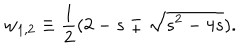
w _ { 1 , 2 } \equiv { \frac { 1 } { 2 } } ( 2 - s \mp \sqrt { s ^ { 2 } - 4 s } ) .